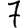
Digit: 7